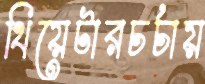
থিয়েটারচর্চায়